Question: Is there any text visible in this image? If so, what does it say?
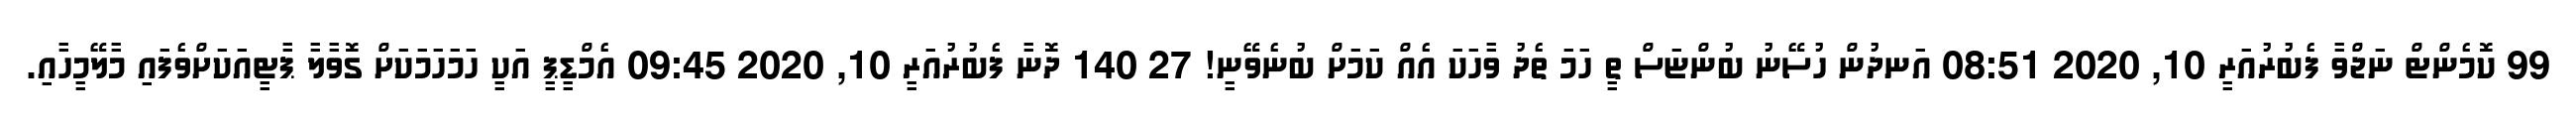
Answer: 99 ކޮމެންޓް ނަޖްވާ ފެބުރުއަރީ 10, 2020 08:51 އަނދުން ހުސޭނު ބުންޏަސް ތީ ހަމަ ތެދު ވާހަކަ އެއް ކަމަށް ބުނެވޭނީ! 27 140 ދޮނާ ފެބުރުއަރީ 10, 2020 09:45 އެމްޑީޕީ އަކީ ހަމަހަމަކަށް ގޮވާލާ ޕާޓީއަކަށްވެފައި މާލޭމީހާއި.